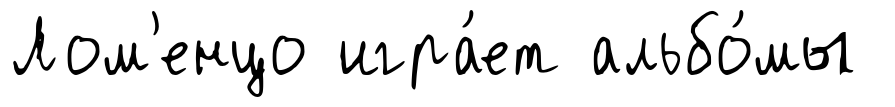
Лом'енцо игра́ет альбо́мы